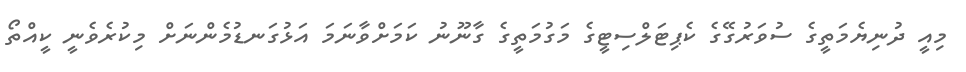
މިއީ ދުނިޔެމަތީގެ ސުވަރުގޭގެ ކެޕިޓަލްސިޓީގެ މަގުމަތީގެ ގާނޫނު ކަމަށްވާނަމަ އަޅުގަނޑުމެންނަށް މިކުރެވެނީ ކީއްތޯ